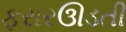
ફરારઊડતી